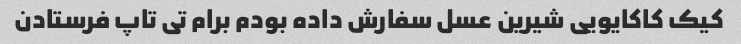
کیک کاکایویی شیرین عسل سفارش داده بودم برام تی تاپ فرستادن